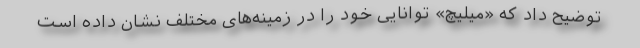
توضیح داد که «میلیچ» توانایی خود را در زمینه‌های مختلف نشان داده است